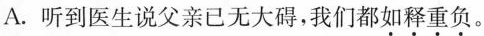
A.听到医生说父亲已无大碍，我们都如释重负。